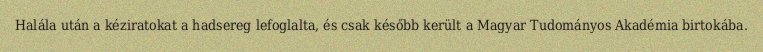
Halála után a kéziratokat a hadsereg lefoglalta, és csak később került a Magyar Tudományos Akadémia birtokába.